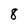
Character: 8